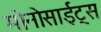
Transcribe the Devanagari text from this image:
मोनोसाईट्स